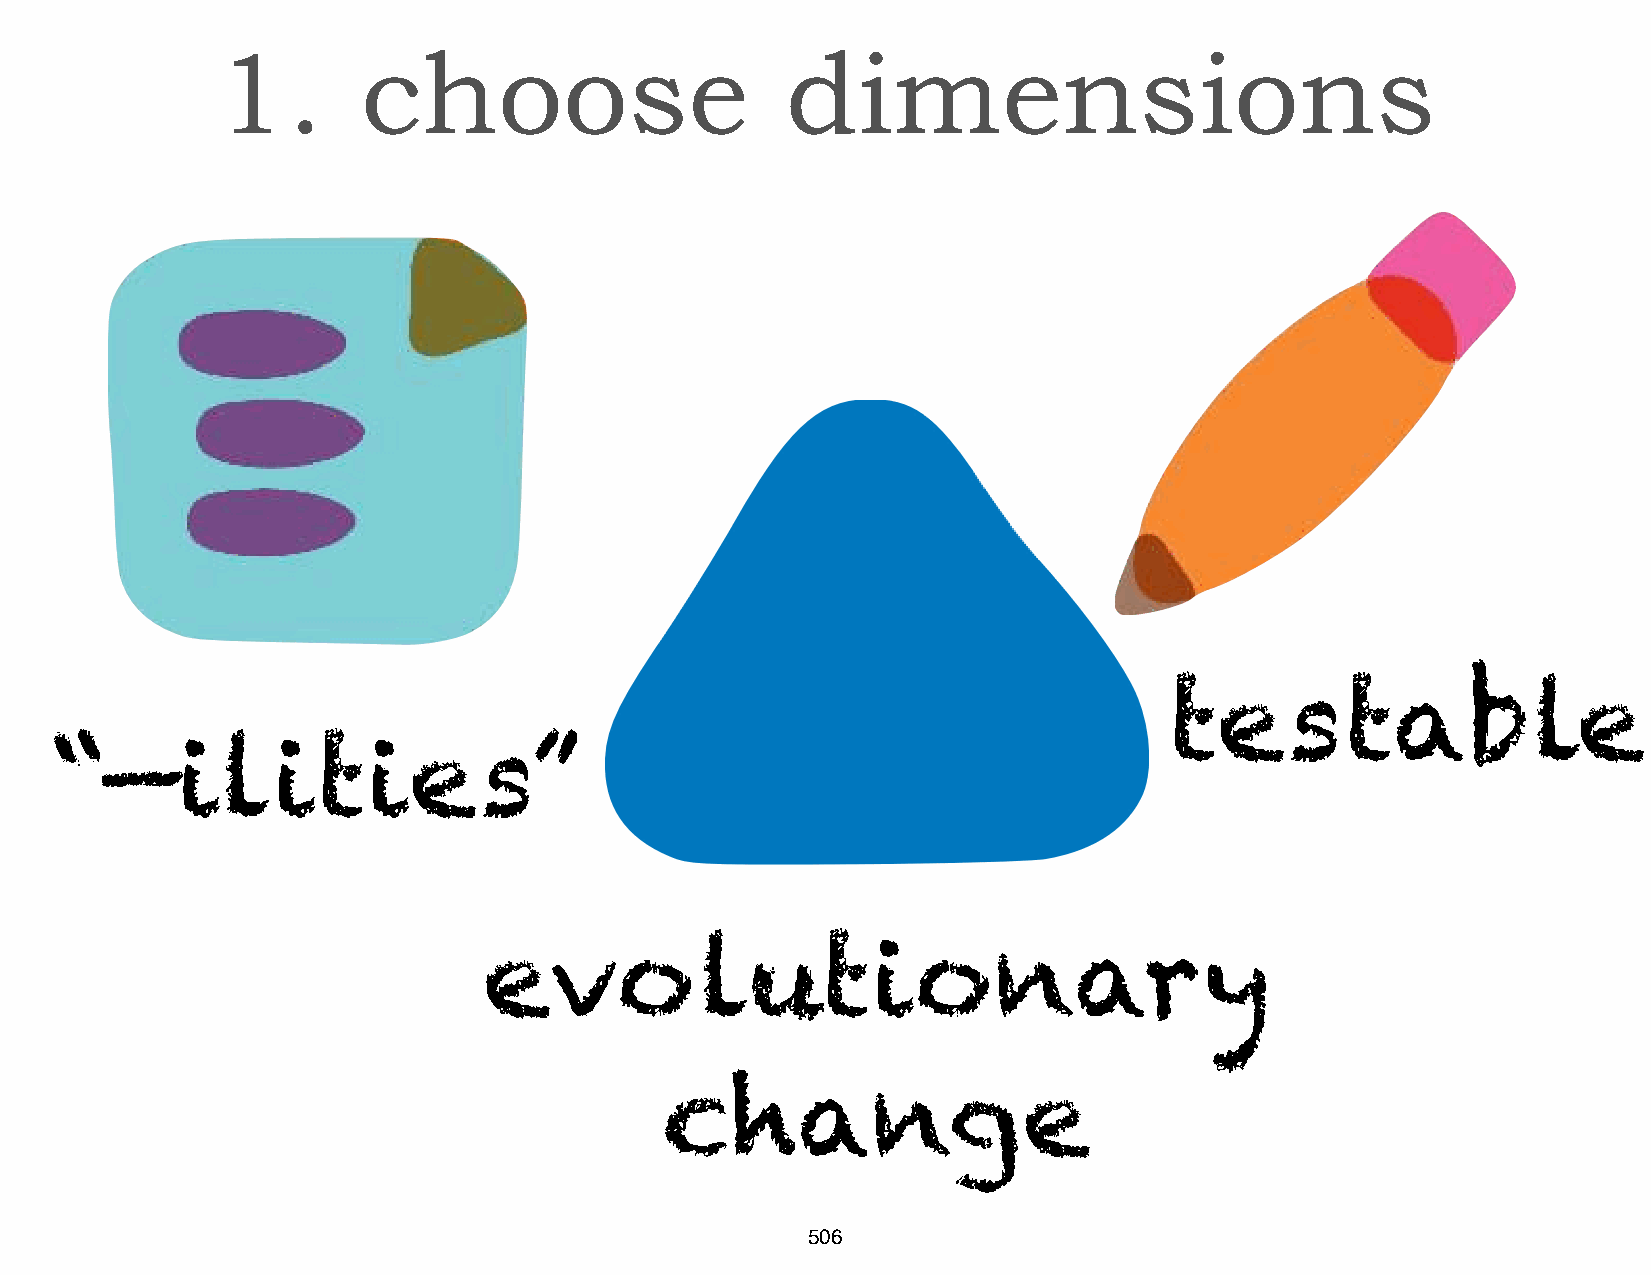
1.        choose                      dimensions
 testable
 “—ilities”
 evolutionary
 change
 506